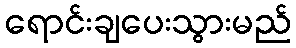
ရောင်းချပေးသွားမည်